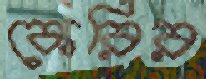
কেরির